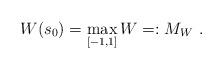
LaTeX: \begin{align*}W(s_{0})=\max_{[-1,1]}W=:M_{W}~. \end{align*}